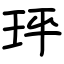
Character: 玶